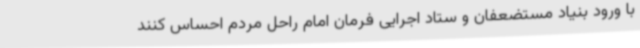
با ورود بنیاد مستضعفان و ستاد اجرایی فرمان امام راحل مردم احساس کنند